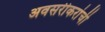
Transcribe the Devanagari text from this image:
अवसरीकरांची